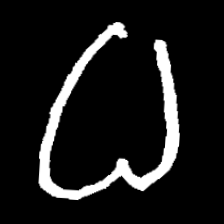
Pyu character \u2014 Myanmar letter: ဓ (romanized: dha)